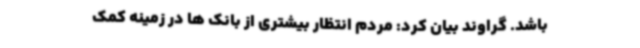
باشد. گراوند بیان کرد: مردم انتظار بیشتری از بانک ها در زمینه کمک